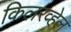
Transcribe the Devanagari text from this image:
किलरव्हेल